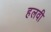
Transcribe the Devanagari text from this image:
हलवी